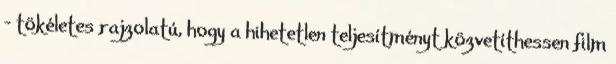
– tökéletes rajzolatú, hogy a hihetetlen teljesítményt közvetíthessen film